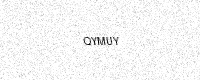
Text: QYMUY